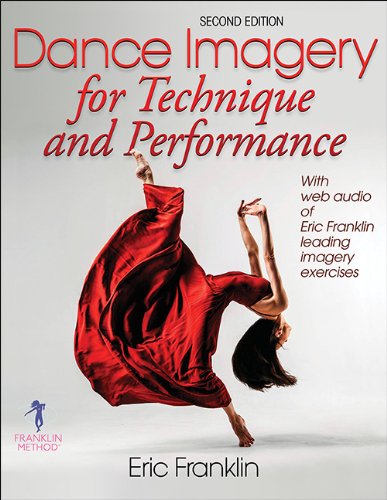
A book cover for Dance Imagery for Technique and Performance - 2nd Edition; Eric Franklin; Humor & Entertainment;